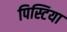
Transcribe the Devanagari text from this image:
पिस्टिया